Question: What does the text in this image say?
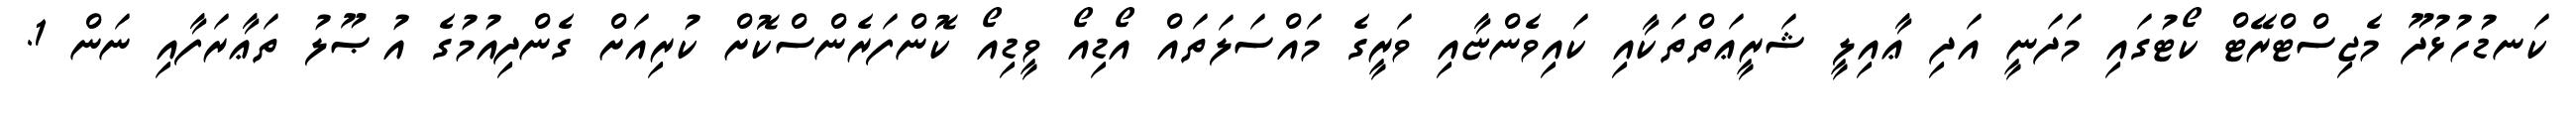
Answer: ކަނޑުހުޅުދޫ މެޖިސްޓްރޭޓް ކޯޓުގައި މަދަނީ އަދި ޢާއިލީ ޝަރީޢަތްތަކާއި ކައިވެންޏާއި ވަރީގެ މައްސަލަތައް އޯޑިއޯ ވީޑިއޯ ކޮންފަރެންސްކޮށް ކުރިއަށް ގެންދިއުމުގެ އުޞޫލު ތަޢާރަފާއި ނަން 1.